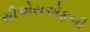
સીએસએફબી